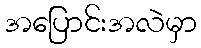
အပြောင်းအလဲမှာ